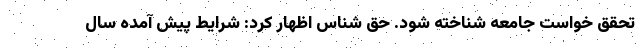
تحقق خواست جامعه شناخته شود. حق شناس اظهار کرد: شرایط پیش آمده سال